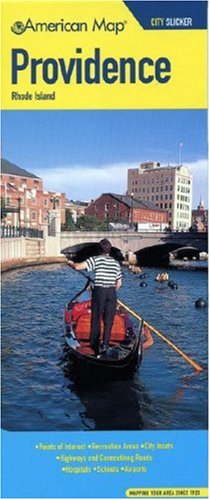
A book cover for American Map Providence, Rhode Island City Slicker; American Map Corp; Travel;